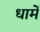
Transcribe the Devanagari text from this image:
धामें